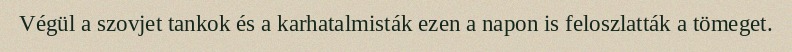
Végül a szovjet tankok és a karhatalmisták ezen a napon is feloszlatták a tömeget.